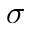
\sigma